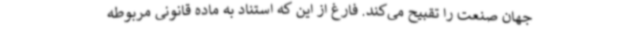
جهان صنعت را تقبیح می‌کند. فارغ از این که استناد به ماده قانونی مربوطه